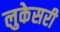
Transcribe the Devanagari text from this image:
लुकेसरी